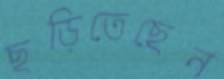
ছড়িতেছেন